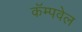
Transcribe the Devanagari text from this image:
कॅम्पवेल